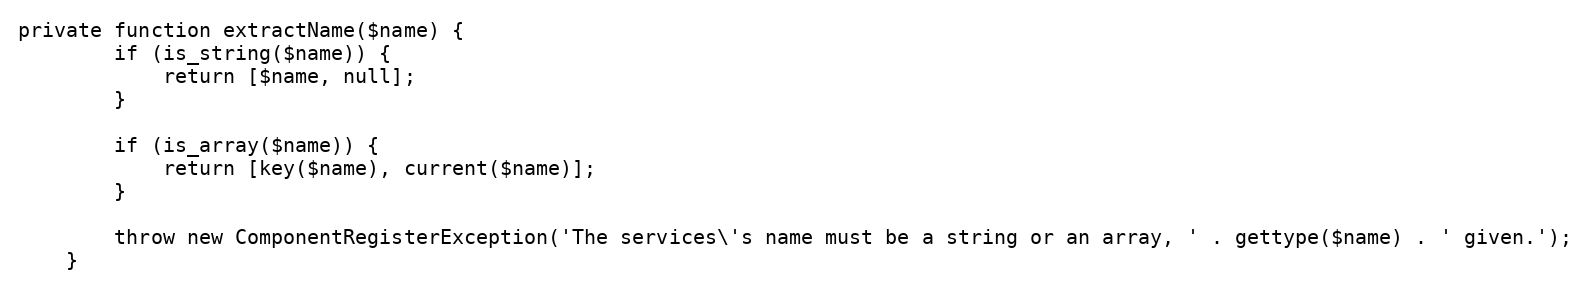
Language: PHP
private function extractName($name) {
		if (is_string($name)) {
			return [$name, null];
		}

		if (is_array($name)) {
			return [key($name), current($name)];
		}

		throw new ComponentRegisterException('The services\'s name must be a string or an array, ' . gettype($name) . ' given.');
	}